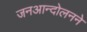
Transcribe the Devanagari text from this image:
जनआन्दोलनने